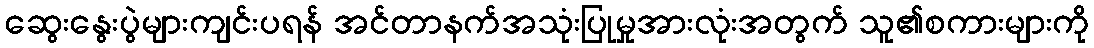
ဆွေးနွေးပွဲများကျင်းပရန် အင်တာနက်အသုံးပြုမှုအားလုံးအတွက် သူ၏စကားများကို